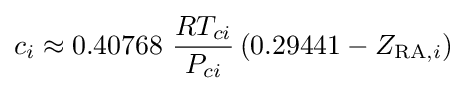
c_{i}\approx 0.40768\ {\frac {RT_{ci}}{P_{ci}}}\left(0.29441-Z_{{\text{RA}},i}\right)